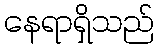
နေရာရှိသည်